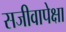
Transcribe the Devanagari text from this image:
सजीवापेक्षा